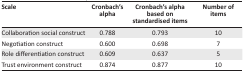
<table><thead><tr><td><b>Scale</b></td><td><b>Cronbach’s alpha</b></td><td><b>Cronbach’s alpha based on standardised items</b></td><td><b>Number of items</b></td></tr></thead><tbody><tr><td>Collaboration social construct</td><td>0.788</td><td>0.793</td><td>10</td></tr><tr><td>Negotiation construct</td><td>0.600</td><td>0.698</td><td>7</td></tr><tr><td>Role differentiation construct</td><td>0.609</td><td>0.637</td><td>5</td></tr><tr><td>Trust environment construct</td><td>0.874</td><td>0.877</td><td>10</td></tr></tbody></table>